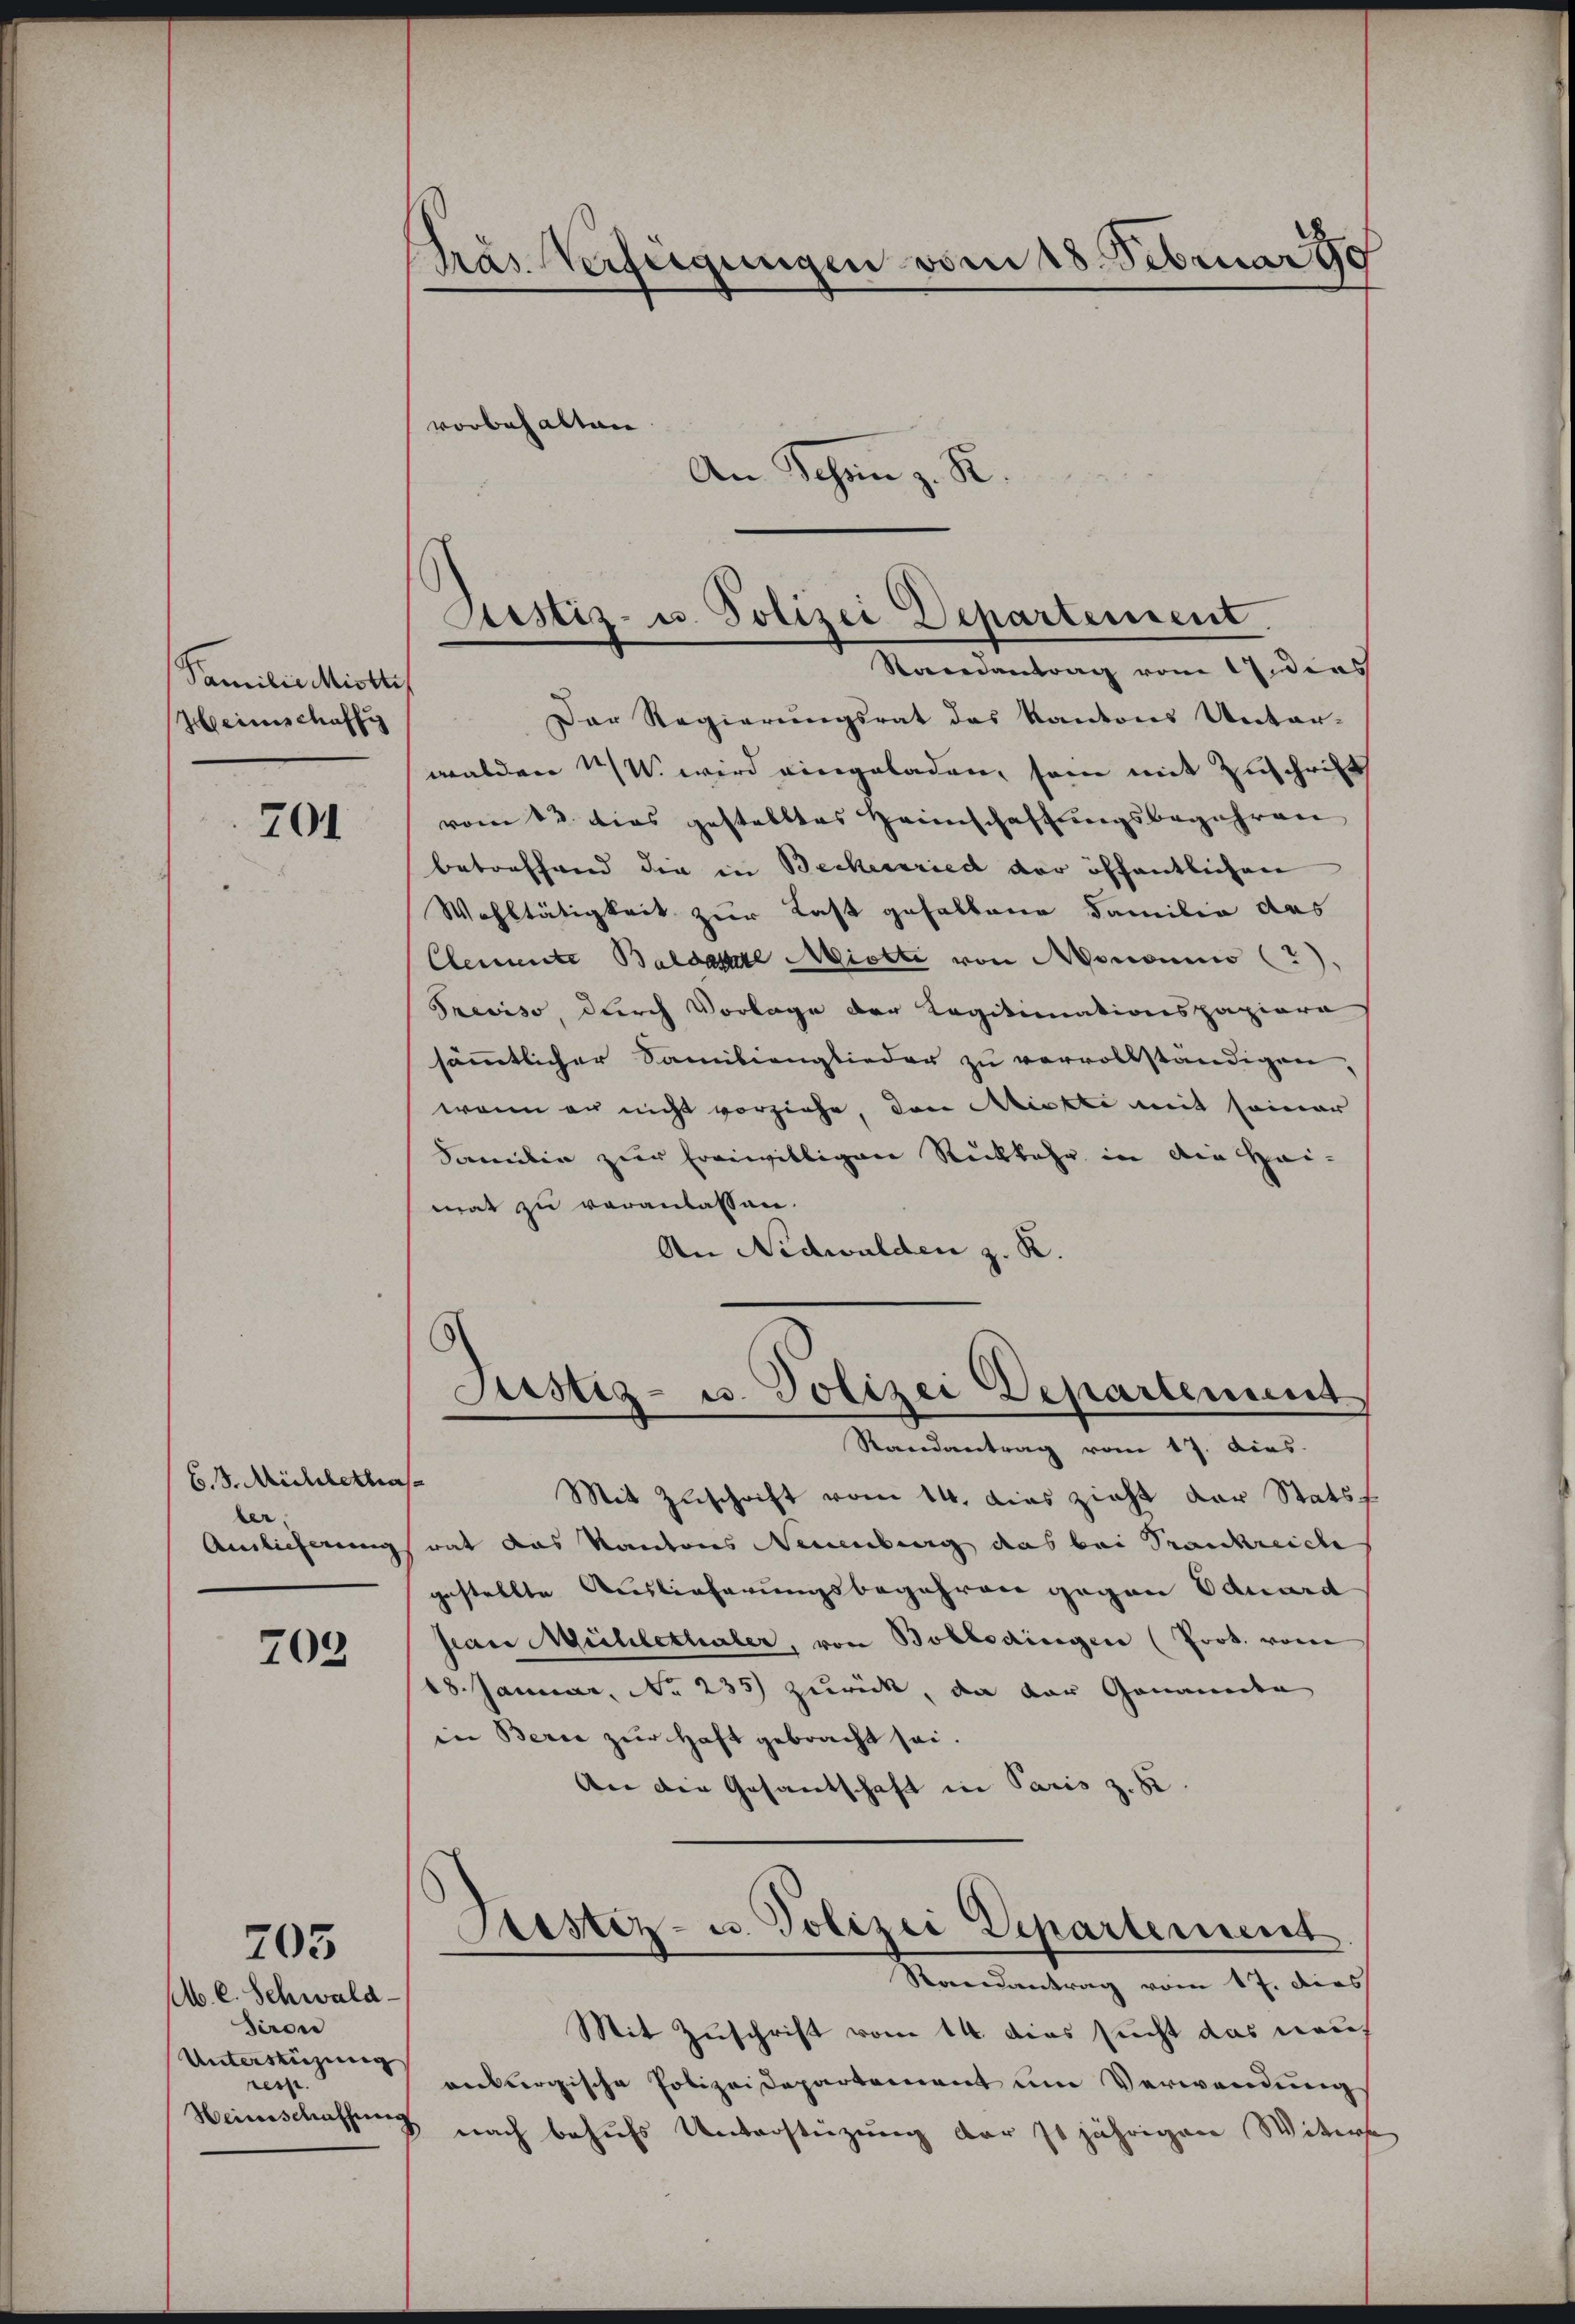
Familie Mitte
Heimschaffu

701

B. 3. Michlethis
e
Auslieferung

703

705

M. C. Schwald.
Siron
Unterstüzung
rere |
Heinschatzung

Pras Verfügungen vom 18. Februar 190
vorbehalten
An Schen z. R

Der Regierungsrat des Kantons Unter-
walden K. wird eingeladen, sein mit Zuschrift
vom 12. dies gestelltes Heimschaftungsbegehren
betreffend die in Beckenried der öffentlichen
Wohltätigkeit zur Last gehaltene Familie des
Clemente Baldachte Mitte von Monomi (2).
Treviso durch Vorlage der Legitimationspapiere
sämmtlicher Familienglieder zu vervollständigen,
wenn en nicht vorziehe, den Mickte mit seiner
Familie zur Ereiwilligen Rückkehr in die Heimat zu veranlassen.
An Nidwalden z. K.
Justiz- u. Polizei Departement
Randantrag vom 17. dies
“
Mit Zuschrift vom 14. dies zieht der Stats
rat das Kantons Neuenburg das bei Trankreiche
gestellte Auslieferungsbegehren gegen Eduard
Jean Mühlethaler, von Bollodingen (Prob. von
18. Januar, No 235) zurück, da der Genannte
in Berie zur Haft gebracht sei.
An der Gesandschaft in Paris z. 82
Sistiz- u. Polizei Departement
Raandantrag vom 17. dies
Mit Zuschrift vom 14. dies sucht das neu
anburgische Polizeidepartement um Verwendungs
nach behufs Unterstüzung der jährigen Wittwe

Sistiz- u. Polizei Departement
Randantrag vom Aidens